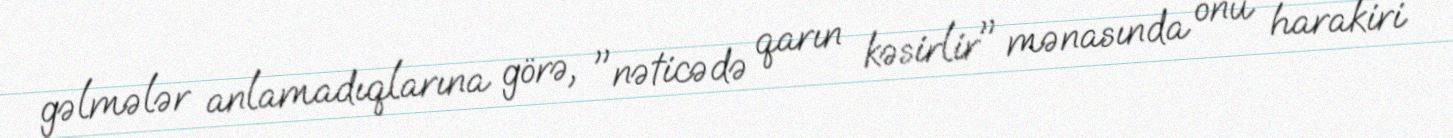
gəlmələr anlamadıqlarına görə, "nəticədə qarın kəsirlir" mənasında onu harakiri